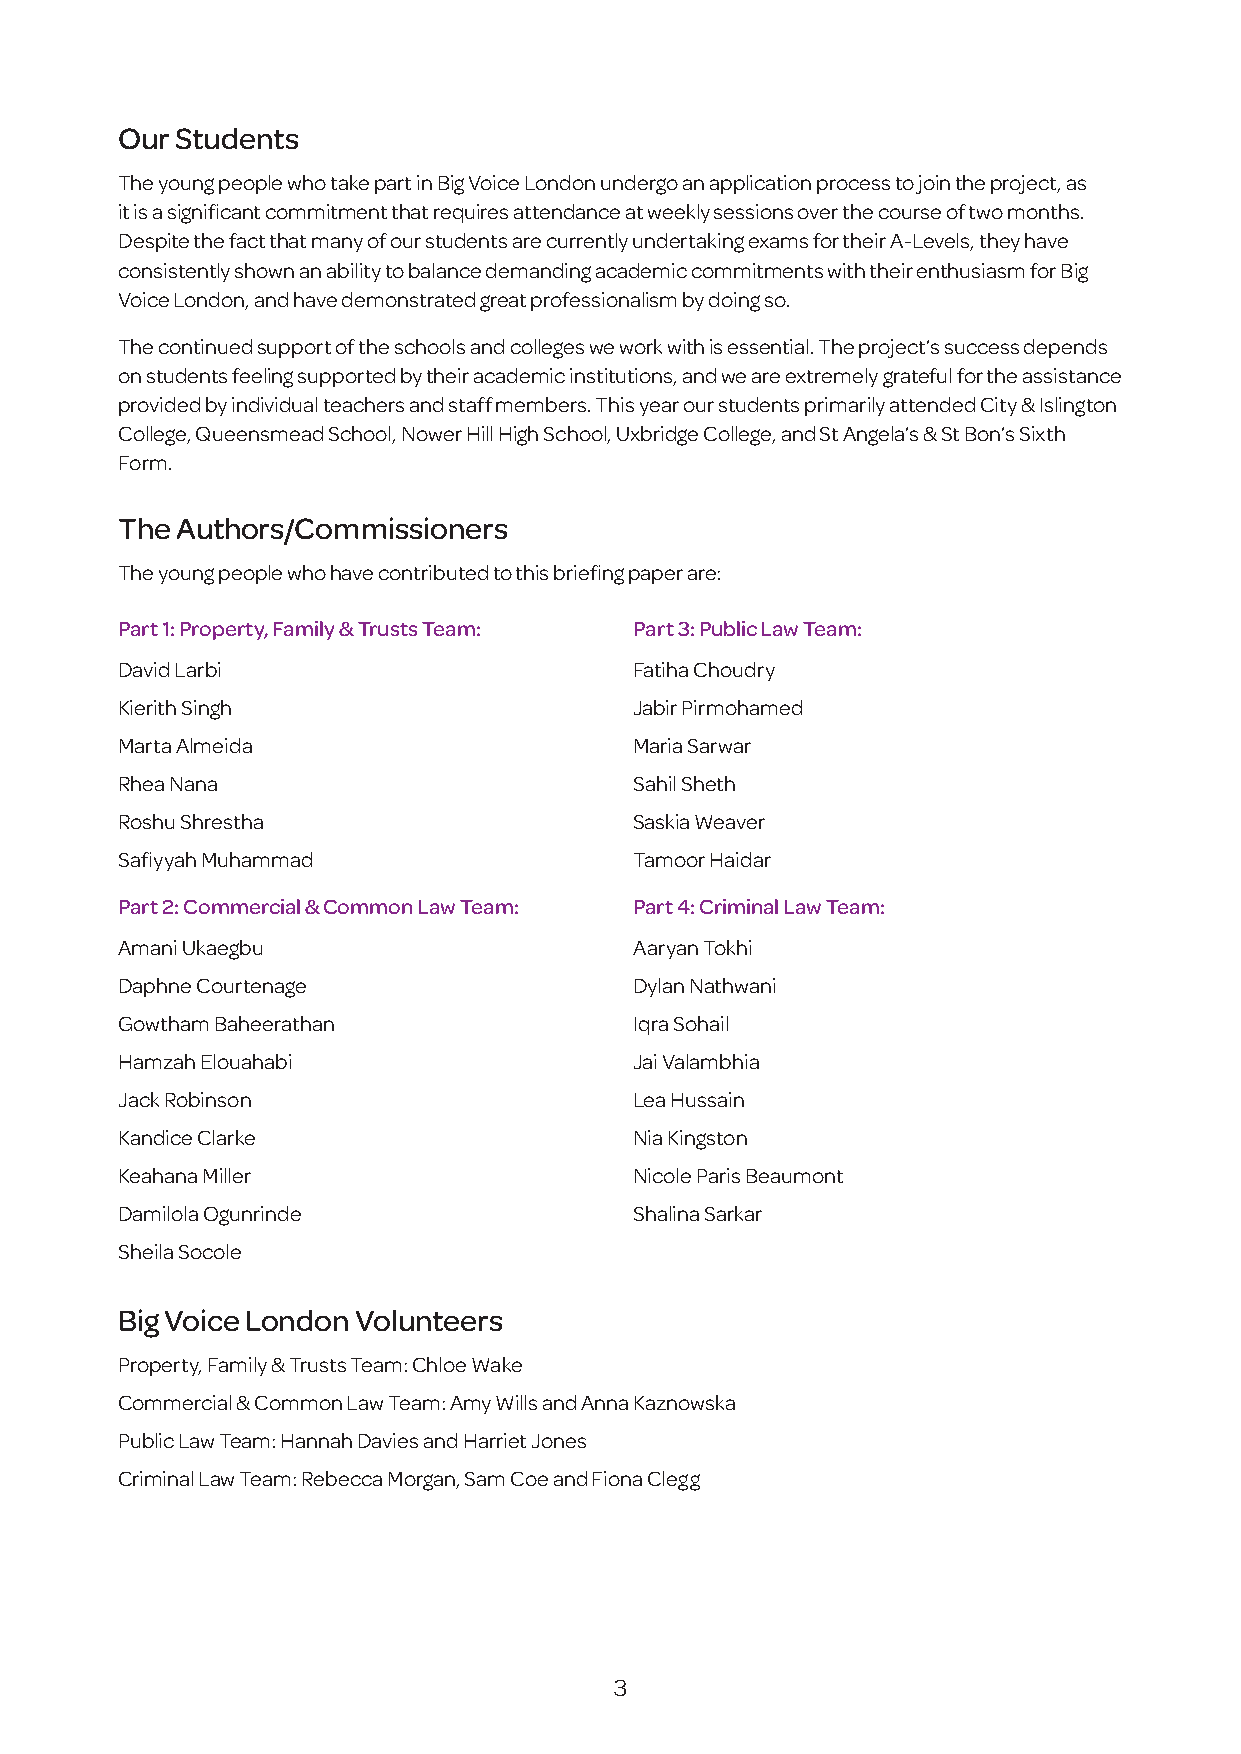
Our Students
 The young people who take part in Big Voice London undergo an application process to join the project, as
 it is a significant commitment that requires attendance at weekly sessions over the course of two months.
 Despite the fact that many of our students are currently undertaking exams for their A-Levels, they have
 consistently shown an ability to balance demanding academic commitments with their enthusiasm for Big
 Voice London, and have demonstrated great professionalism by doing so.
 The continued support of the schools and colleges we work with is essential. The project’s success depends
 on students feeling supported by their academic institutions, and we are extremely grateful for the assistance
 provided by individual teachers and staff members. This year our students primarily attended City & Islington
 College, Queensmead School, Nower Hill High School, Uxbridge College, and St Angela’s & St Bon’s Sixth
 Form.
 The Authors/Commissioners
 The young people who have contributed to this briefing paper are:
 Part 1: Property, Family & Trusts Team: Part 3: Public Law Team:
 David Larbi                       Fatiha Choudry
 Kierith Singh                     Jabir Pirmohamed
 Marta Almeida                     Maria Sarwar
 Rhea Nana                         Sahil Sheth
 Roshu Shrestha                    Saskia Weaver
 Safiyyah Muhammad                 Tamoor Haidar
 Part 2: Commercial & Common Law Team: Part 4: Criminal Law Team:
 Amani Ukaegbu                     Aaryan Tokhi
 Daphne Courtenage                 Dylan Nathwani
 Gowtham Baheerathan               Iqra Sohail
 Hamzah Elouahabi                  Jai Valambhia
 Jack Robinson                     Lea Hussain
 Kandice Clarke                    Nia Kingston
 Keahana Miller                    Nicole Paris Beaumont
 Damilola Ogunrinde                Shalina Sarkar
 Sheila Socole
 Big Voice London Volunteers
 Property, Family & Trusts Team: Chloe Wake
 Commercial & Common Law Team: Amy Wills and Anna Kaznowska
 Public Law Team: Hannah Davies and Harriet Jones
 Criminal Law Team: Rebecca Morgan, Sam Coe and Fiona Clegg
 3